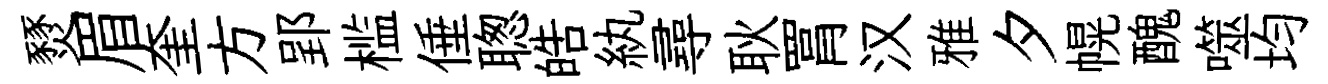
燹眉奎方郢槛倕聦皓紈尋耿罥汉雅夕幌醜噬均